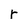
Character: r